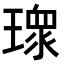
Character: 𭹻